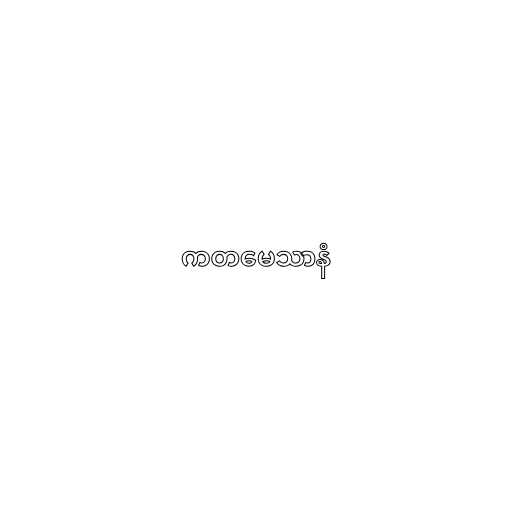
ကတမေသာနံ